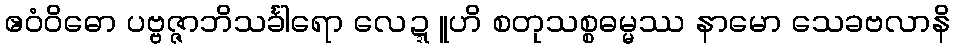
ဧဝံဝိဓော ပဗ္ဗဇ္ဇာဘိသင်္ခါရော လေဍ္ဍူဟိ စတုသစ္စဓမ္မဿ နာမော သေခဗလာနိ